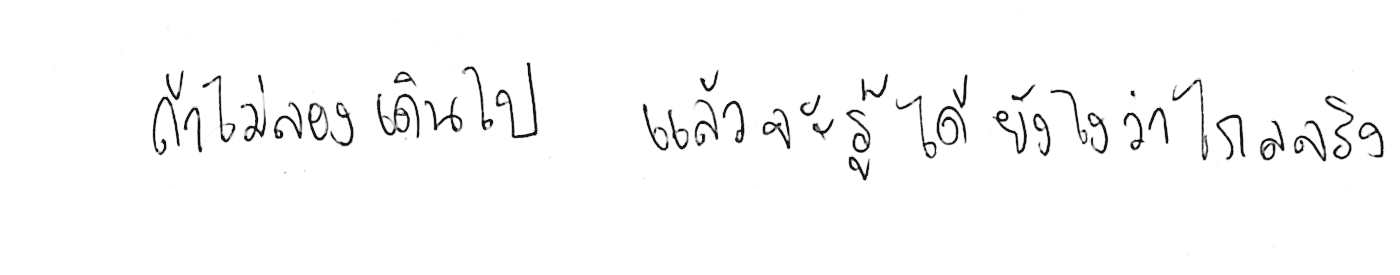
ถ้าไม่ลองเดินไป แล้วจะรู้ได้ยังไงว่าไกลจริง